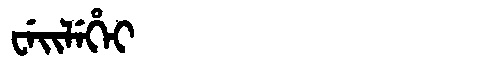
Manchu: ᠸᡝᡳᠯᡝᡥᡝᡳ
Romanization: WEILEHEI